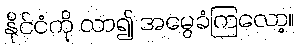
နိုင်ငံကို လာ၍ အမွေခံကြလော့။